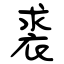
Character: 裘